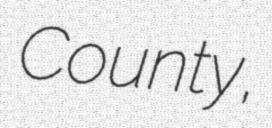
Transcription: County,